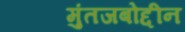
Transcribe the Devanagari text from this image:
मुंतजबोद्दीन